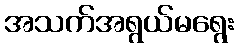
အသက်အရွယ်မရွေး